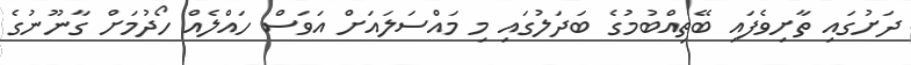
ދަށުގައި ތާށިވެފައި ބޭތިއްބުމުގެ ބަދަލުގައި މި މައްސަލައަށް އަވަސް ހައްލެއް ހޯދުމަށް ގާނޫނުގެ